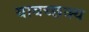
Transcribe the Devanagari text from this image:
यावच्छक्य